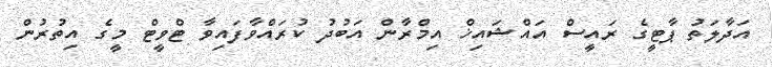
އަދާލަތު ޕާޓީގެ ރައީސް އައްޝައިޚް އިމްރާން އަބުދު ކުރައްވާފައިވާ ޓްވީޓް މީގެ އިތުރުން